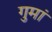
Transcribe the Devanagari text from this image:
गुमां